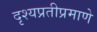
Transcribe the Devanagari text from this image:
दृश्यप्रतीप्रमाणे